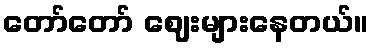
တော်တော် ဈေးများနေတယ်။